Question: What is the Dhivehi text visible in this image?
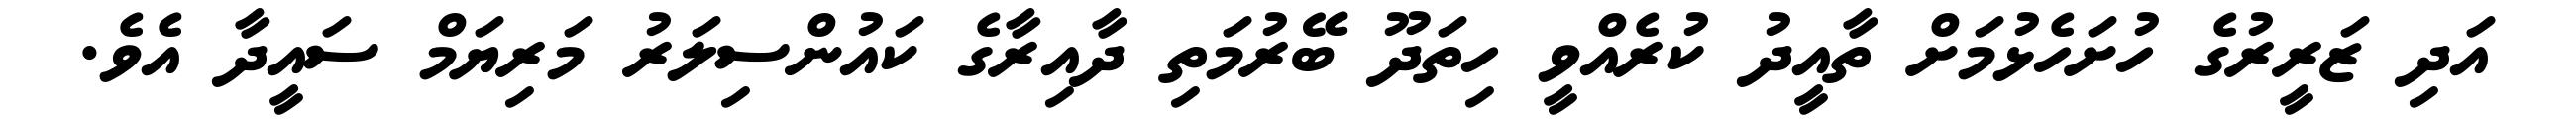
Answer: އަދި ޒަރީރުގެ ހުށަހެޅުމަށް ތާއީދު ކުރެއްވީ ހިތަދޫ ބޭރުމަތި ދާއިރާގެ ކައުންސިލަރު މަރިޔަމް ސައީދާ އެވެ.